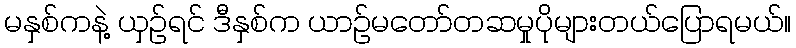
မနှစ်ကနဲ့ ယှဉ်ရင် ဒီနှစ်က ယာဉ်မတော်တဆမှုပိုများတယ်ပြောရမယ်။